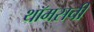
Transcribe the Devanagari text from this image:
थॉमसची